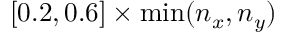
[ 0 . 2 , 0 . 6 ] \times \operatorname* { m i n } ( n _ { x } , n _ { y } )